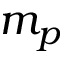
m _ { p }